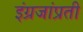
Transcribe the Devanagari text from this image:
इंग्रजांप्रती